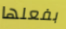
بفعلها